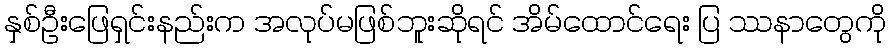
နှစ်ဦးဖြေရှင်းနည်းက အလုပ်မဖြစ်ဘူးဆိုရင် အိမ်ထောင်ရေး ပြ ဿနာတွေကို